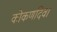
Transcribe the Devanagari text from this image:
कोकणदिवा